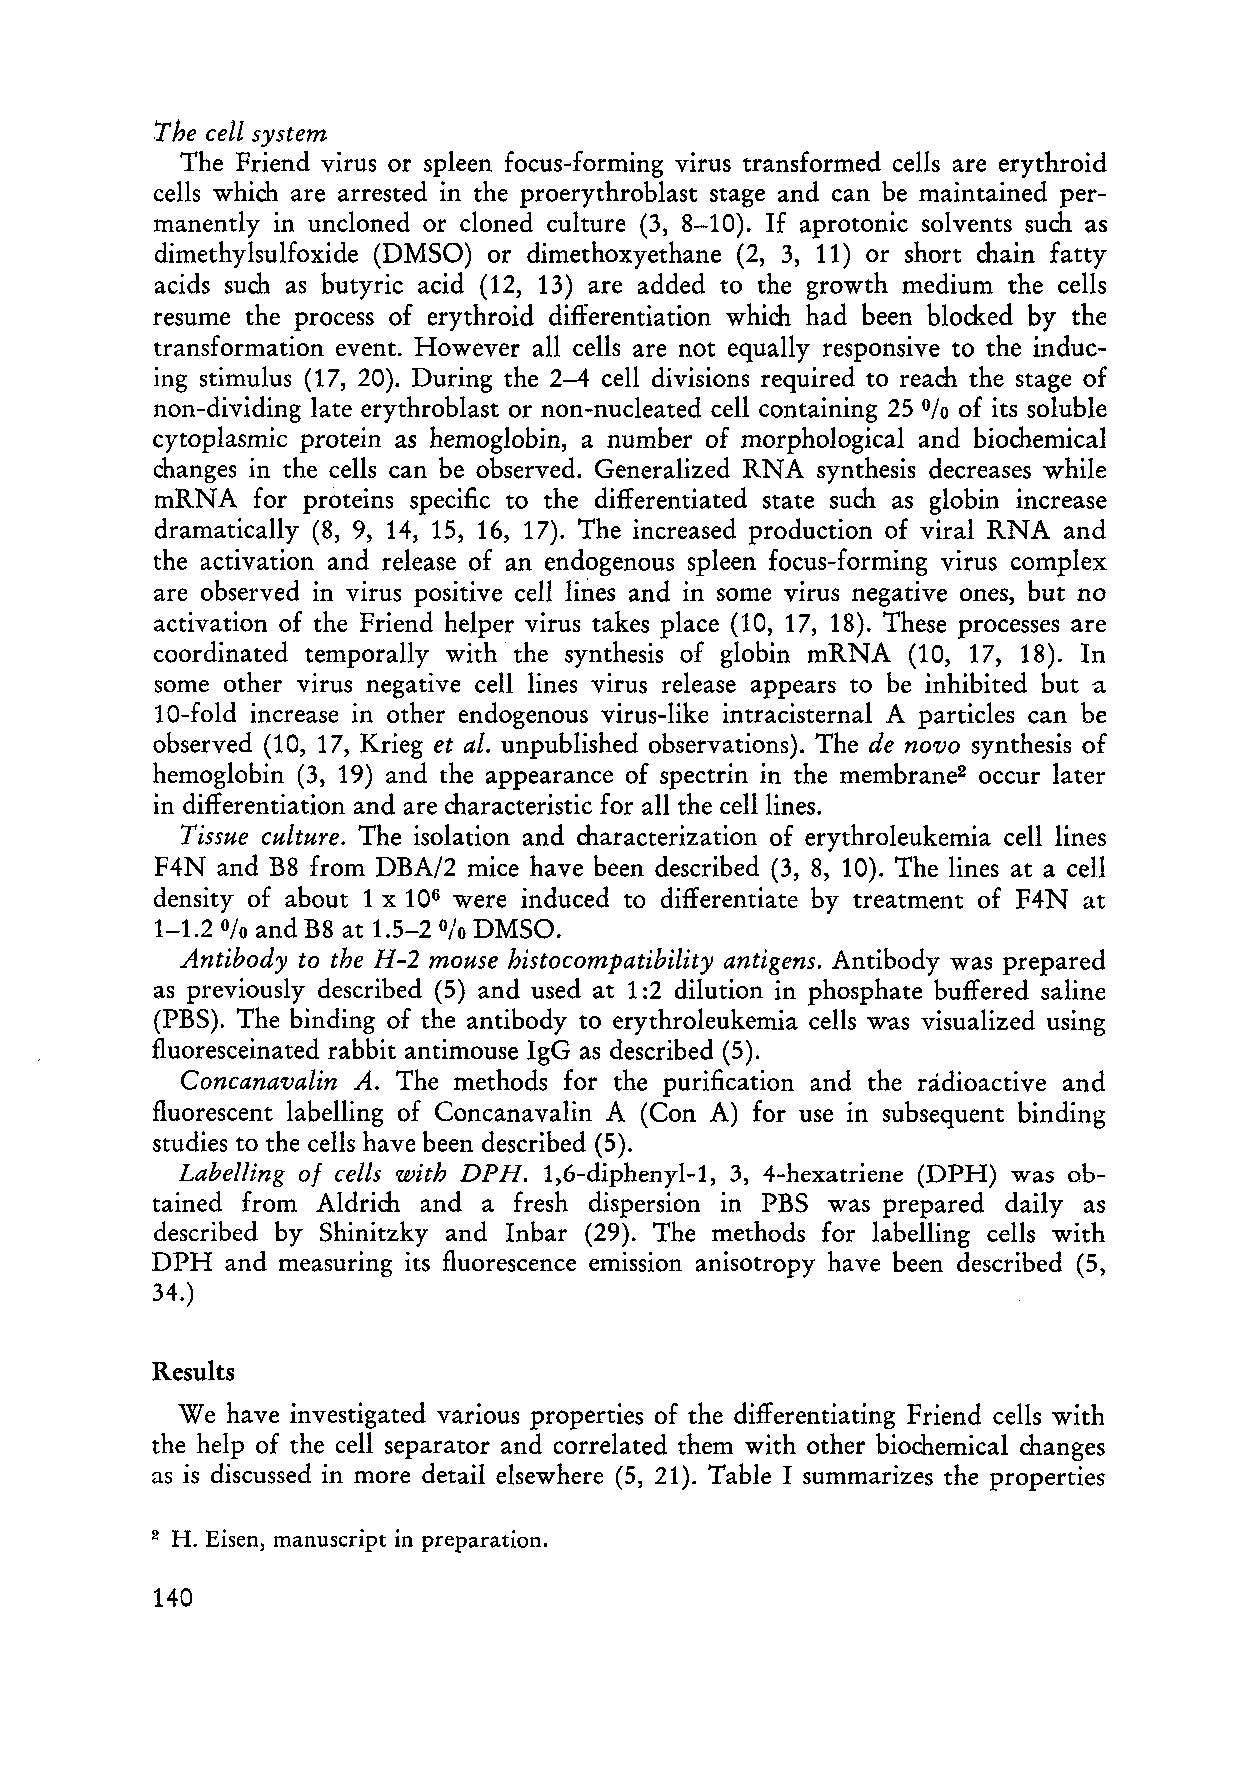
The ceU system
 The Friend virus or spleen focus-forming virus transformed cells are erythroid
 cells which are arrested in the proerythroblast stage and can be maintained per
 manently in uncloned or cloned culture (3, 8-10). If aprotonic solvents such as
 dimethylsulfoxide (DMSO) or dimethoxyethane (2, 3, 11) or short chain fatty
 acids such as butyric acid (12, 13) are added to the growth medium the cells
 resume the process of erythroid differentiation which had been block.ed by the
 transformation event. However all cells are not equally responsive to the induc
 ing stimulus (17, 20). During the 2-4 cell divisions required to reach the stage of
 non-dividing late erythroblast or non-nucleated cell containing 25 of its soluble
 %
 cytoplasmic protein as hemoglobin, a number of morphological and biochemical
 changes in the cells can be observed. Generalized RNA synthesis decreases while
 mRNA   for proteins specific to the differentiated state such as globin increase
 dramatically (8, 9, 14, 15, 16, 17). The increased production of viral RNA and
 the activation and release of an endogenous spleen focus-forming virus complex
 are observed in virus positive celllines and in some virus negative ones, but no
 activation of the Friend helper virus takes pI ace (10, 17, 18). These processes are
 coordinated temporally with· the synthesis of globin mRNA (10, 17, 18). In
 some other virus negative cell lines virus release appears to be inhibited buta
 10-fold increase in other endogenous virus-like intracisternal A particles can be
 observed (10, 17, Krieg et al. unpublished observations). The de novo synthesis of
 hemoglobin (3, 19) and the appearance of spectrin in the membrane2 occur later
 in differentiation and are characteristic for all the celliines.
 Tissue culture. The isolation and characterization of erythroleukemia cell lines
 F4N  and B8 from DBA/2 mice have been described (3, 8, 10). The lines at a cell
 density of about 1 x 106 were induced to differentiate by treatment of F4N at
 1-1.2  and B8 at 1.5-2 DMSO.
 %             %
 Antibody to the H-2 mouse histocompatibility antigens. Antibody was prepared
 as previously described (5) and used at 1:2 dilution in phosphate buffered saline
 (PBS). The bin ding of the antibody to erythroleukemia cells was visualized using
 fluoresceinated rabbit antimouse IgG as described (5).
 Concanavalin A. The methods for the purification and the radioactive and
 fluorescent labelling of Concanavalin A (Con A) for use in subsequent bin ding
 studies to the cells have been described (5).
 Labelling 0/ cells with DPH. 1, 6-diphenyl-l , 3, 4-hexatriene (DPH) was ob
 tained from Aldrich and a fresh dispersion in PBS was prepared daily as
 described by Shinitzky and Inbar (29). The methods for labelling cells with
 DPH  and measuring its fluorescence emission anisotropy have been described (5,
 34.)
 Results
 We have investigated various properties of the differentiating Friend cells with
 the help of the cell separator and correlated them with other biochemical changes
 as is discussed in more detail elsewhere (5, 21). Table I summarizes the properties
 H. Eisen, manuscript in preparation.
 2
 140